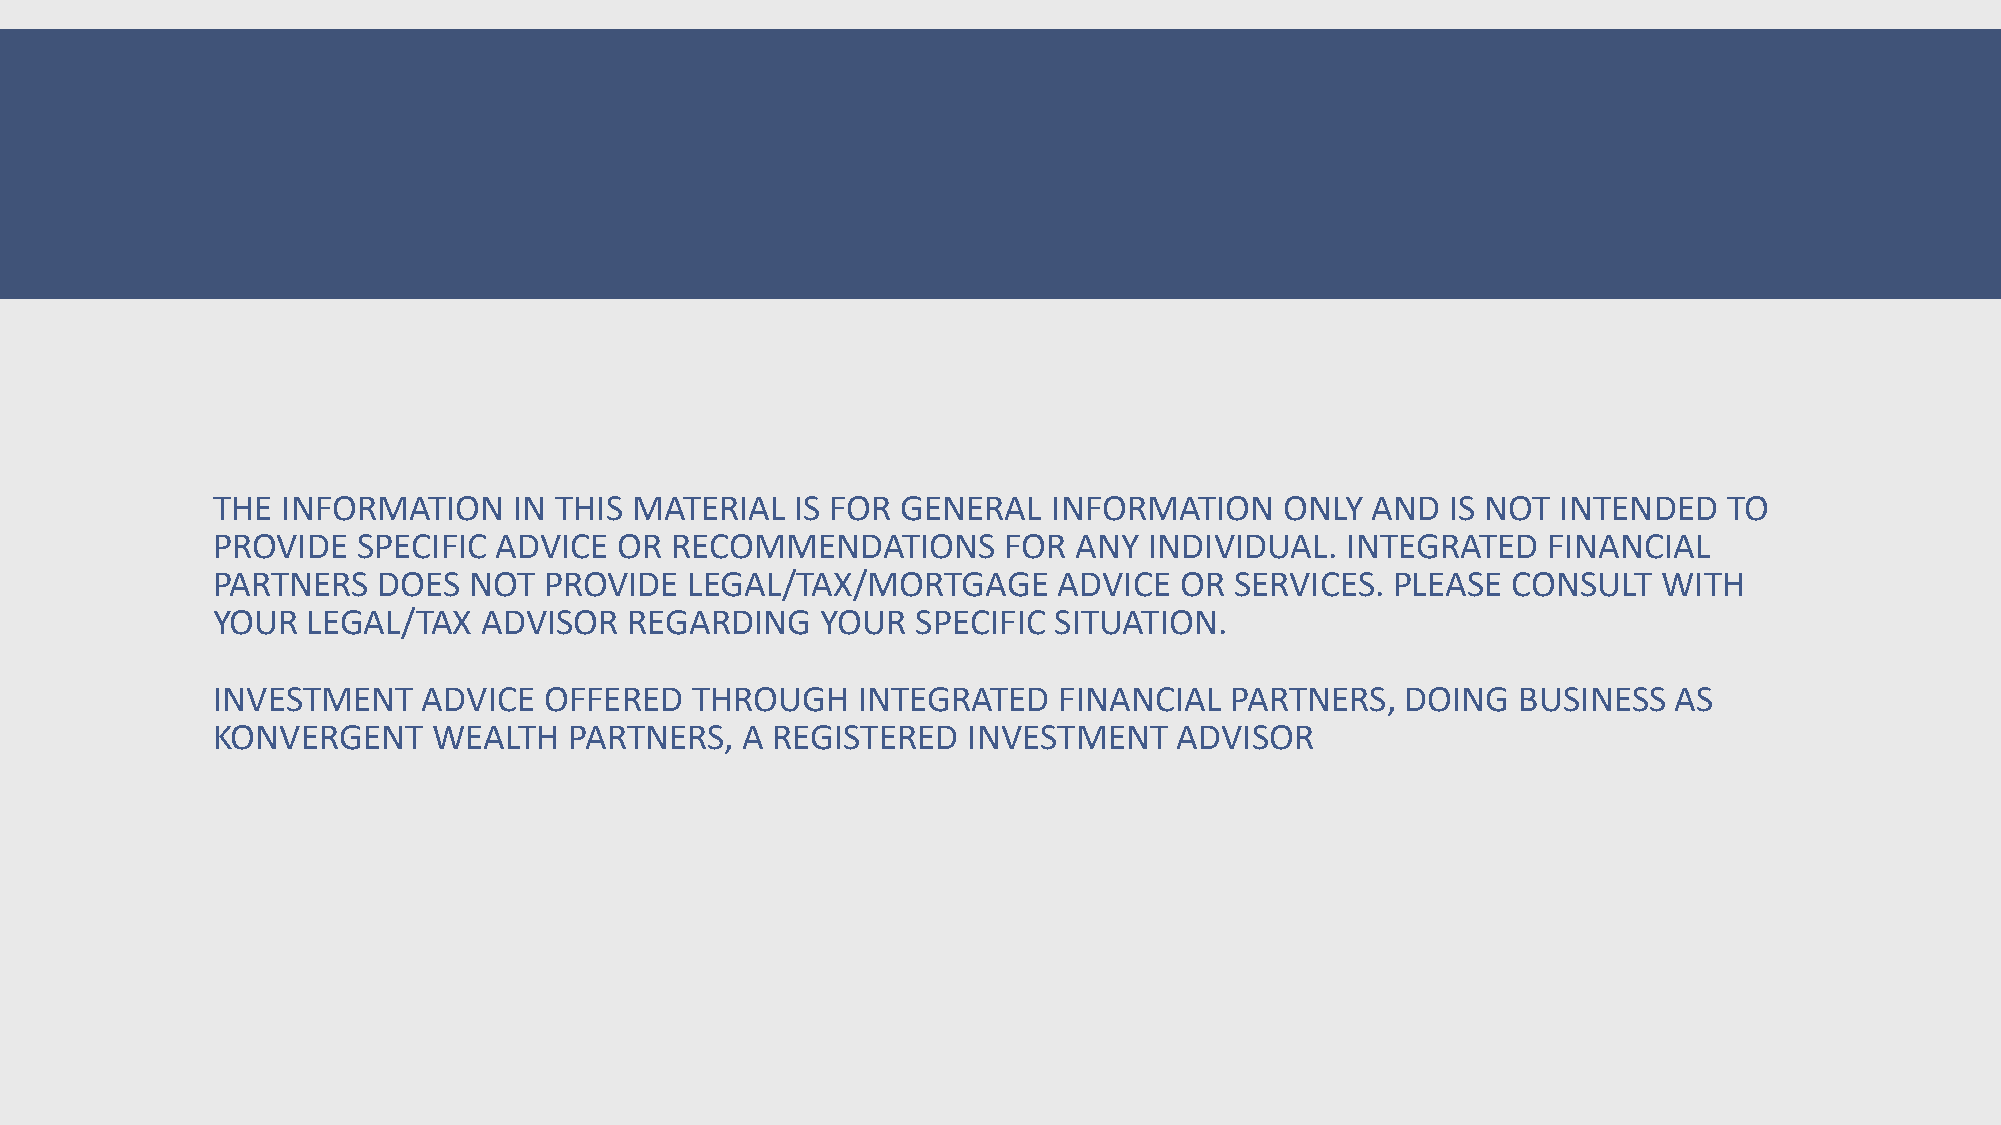
THE  INFORMATION    IN THIS MATERIAL   IS FOR GENERAL   INFORMATION    ONLY  AND  IS NOT INTENDED   TO
 PROVIDE   SPECIFIC ADVICE  OR RECOMMENDATIONS       FOR  ANY  INDIVIDUAL.  INTEGRATED   FINANCIAL
 PARTNERS   DOES  NOT  PROVIDE   LEGAL/TAX/MORTGAGE      ADVICE  OR  SERVICES. PLEASE  CONSULT   WITH
 YOUR  LEGAL/TAX   ADVISOR   REGARDING   YOUR   SPECIFIC SITUATION.
 INVESTMENT    ADVICE  OFFERED   THROUGH    INTEGRATED   FINANCIAL  PARTNERS,   DOING  BUSINESS   AS
 KONVERGENT     WEALTH   PARTNERS,  A REGISTERED   INVESTMENT    ADVISOR